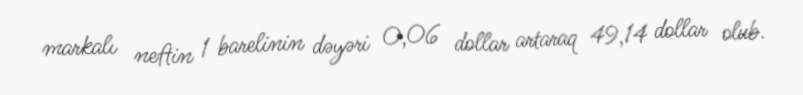
markalı neftin 1 barelinin dəyəri 0,06 dollar artaraq 49,14 dollar olub.